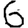
Digit: 6